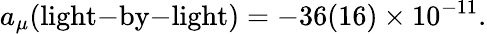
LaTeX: a_{\mu}(\mathrm{light\mathrm{-}by\mathrm{-}light})=-36(16)\times 10^{-11}.